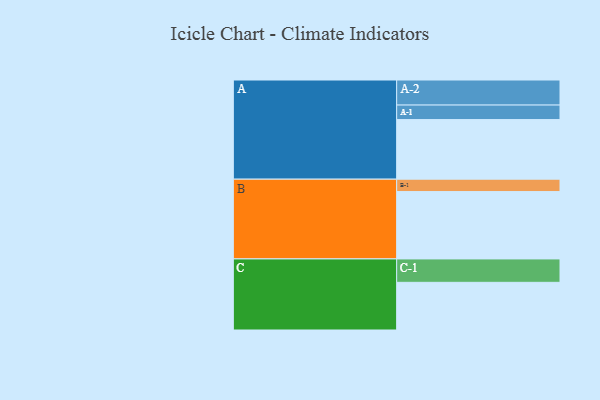
{"axis": {"x": "Segment", "y": "Value"}, "legend": ["", "A", "B", "C"], "data": [{"x": "A", "y": 509, "type": ""}, {"x": "B", "y": 575, "type": ""}, {"x": "C", "y": 407, "type": ""}, {"x": "A-1", "y": 124, "type": "A"}, {"x": "A-2", "y": 214, "type": "A"}, {"x": "B-1", "y": 106, "type": "B"}, {"x": "C-1", "y": 200, "type": "C"}]}